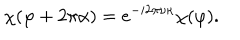
LaTeX: \chi ( \varphi + 2 \pi \alpha ) = e ^ { - i 2 \pi \nu \kappa } \chi ( \varphi ) .